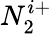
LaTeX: N_{2}^{i+}